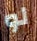
لو